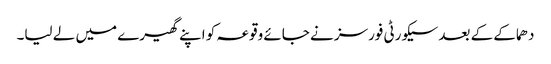
دھماکے کے بعد سیکورٹی فورسز نے جائے وقوعہ کو اپنے گھیرے میں لے لیا۔